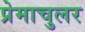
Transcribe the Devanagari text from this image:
प्रेमाचुलर